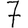
Digit: 7